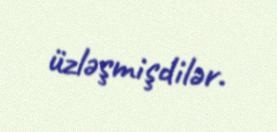
üzləşmişdilər.